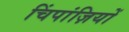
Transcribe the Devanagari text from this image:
चिंपांज़ियों